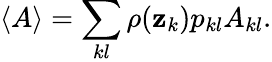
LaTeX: \langle A\rangle=\sum_{kl}\rho(\mathbf{z}_{k})p_{kl}A_{kl}.